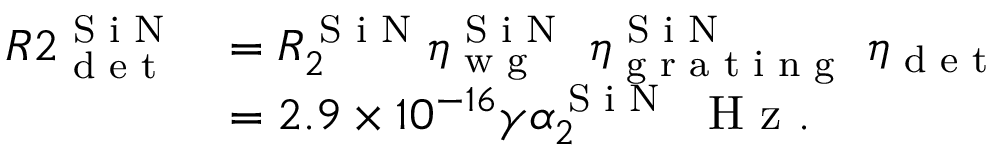
\begin{array} { r l } { R 2 _ { \textrm { d e t } } ^ { \textrm { S i N } } } & { = R _ { 2 } ^ { \textrm { S i N } } \eta _ { \textrm { w g } } ^ { \textrm { S i N } } \ \eta _ { \textrm { g r a t i n g } } ^ { \textrm { S i N } } \ \eta _ { \textrm { d e t } } } \\ & { = 2 . 9 \times 1 0 ^ { - 1 6 } \gamma \alpha _ { 2 } ^ { \textrm { S i N } } \ \textrm { H z } . } \end{array}